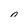
Character: 0